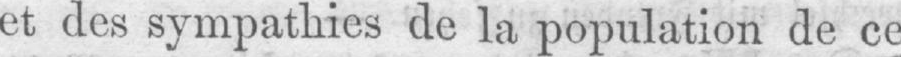
et des sympathies de la population de ce